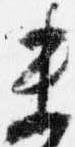
未